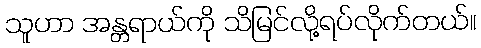
သူဟာ အန္တရာယ်ကို သိမြင်လို့ရပ်လိုက်တယ်။